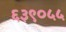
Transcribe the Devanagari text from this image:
६३९०५५